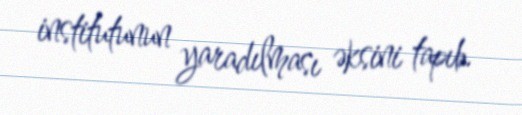
institutunun yaradılması əksini tapıb.